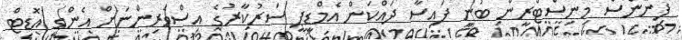
ފިނޭންސް މިނިސްޓްރީން ބުނީ ފައިސާ ދައްކަން އެމްޑީޕީ ސަރުކާރުގެ އިސްވެރިންނަށް އެންގީ އޮޑިޓް